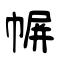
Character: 幈